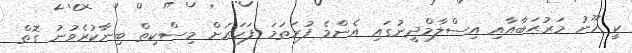
ކީ ހޫނު މަރުޙަބާއާއި އިސްލާމްދީނުގައި އެންމެ ފުރަތަމަ ފަހަރަށް މިސްކިތް ބިނާކުރެވުނު ގޮތް